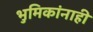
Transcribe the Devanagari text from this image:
भुमिकांनाही